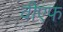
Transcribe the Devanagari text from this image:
वीएफ